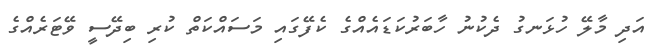
އަދި މާލޭ ހުޅަނގު ދެކުނު ހާބަރުކަޑައެއްގެ ކެފޭގައި މަސައްކަތް ކުރި ބިދޭސީ ވޭޓަރެެއްގެ